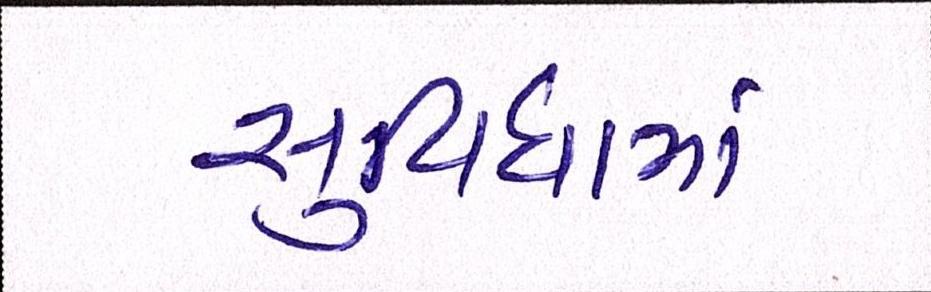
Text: સુવિધામાં